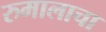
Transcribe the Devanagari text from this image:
रुमालाचा